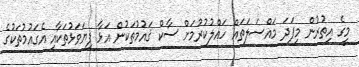
މީގެ އިތުރުން މިފަދަ މައްސަލަތައް ހައްލުކުރުމަށް ސާކް ޤައުމުތަކުން އަޅާ ފިޔަވަޅުތަކާއި އެގައުމުތަކުގެ